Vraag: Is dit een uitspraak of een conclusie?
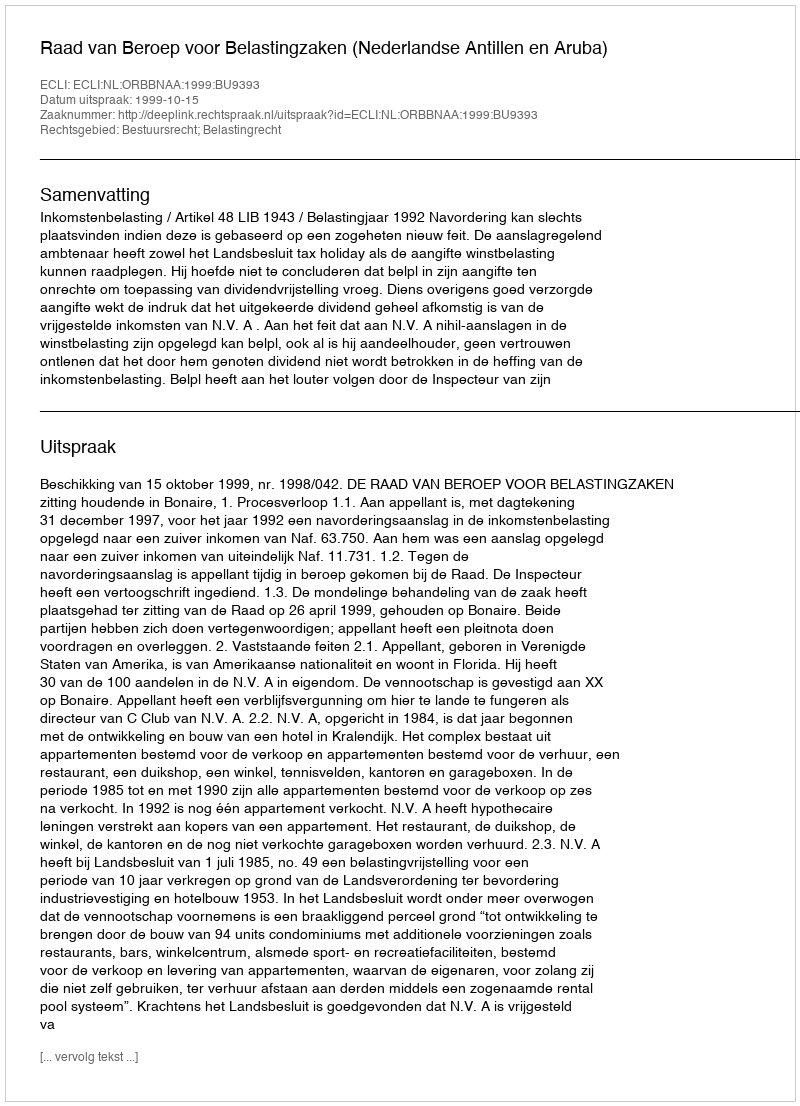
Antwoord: Uitspraak